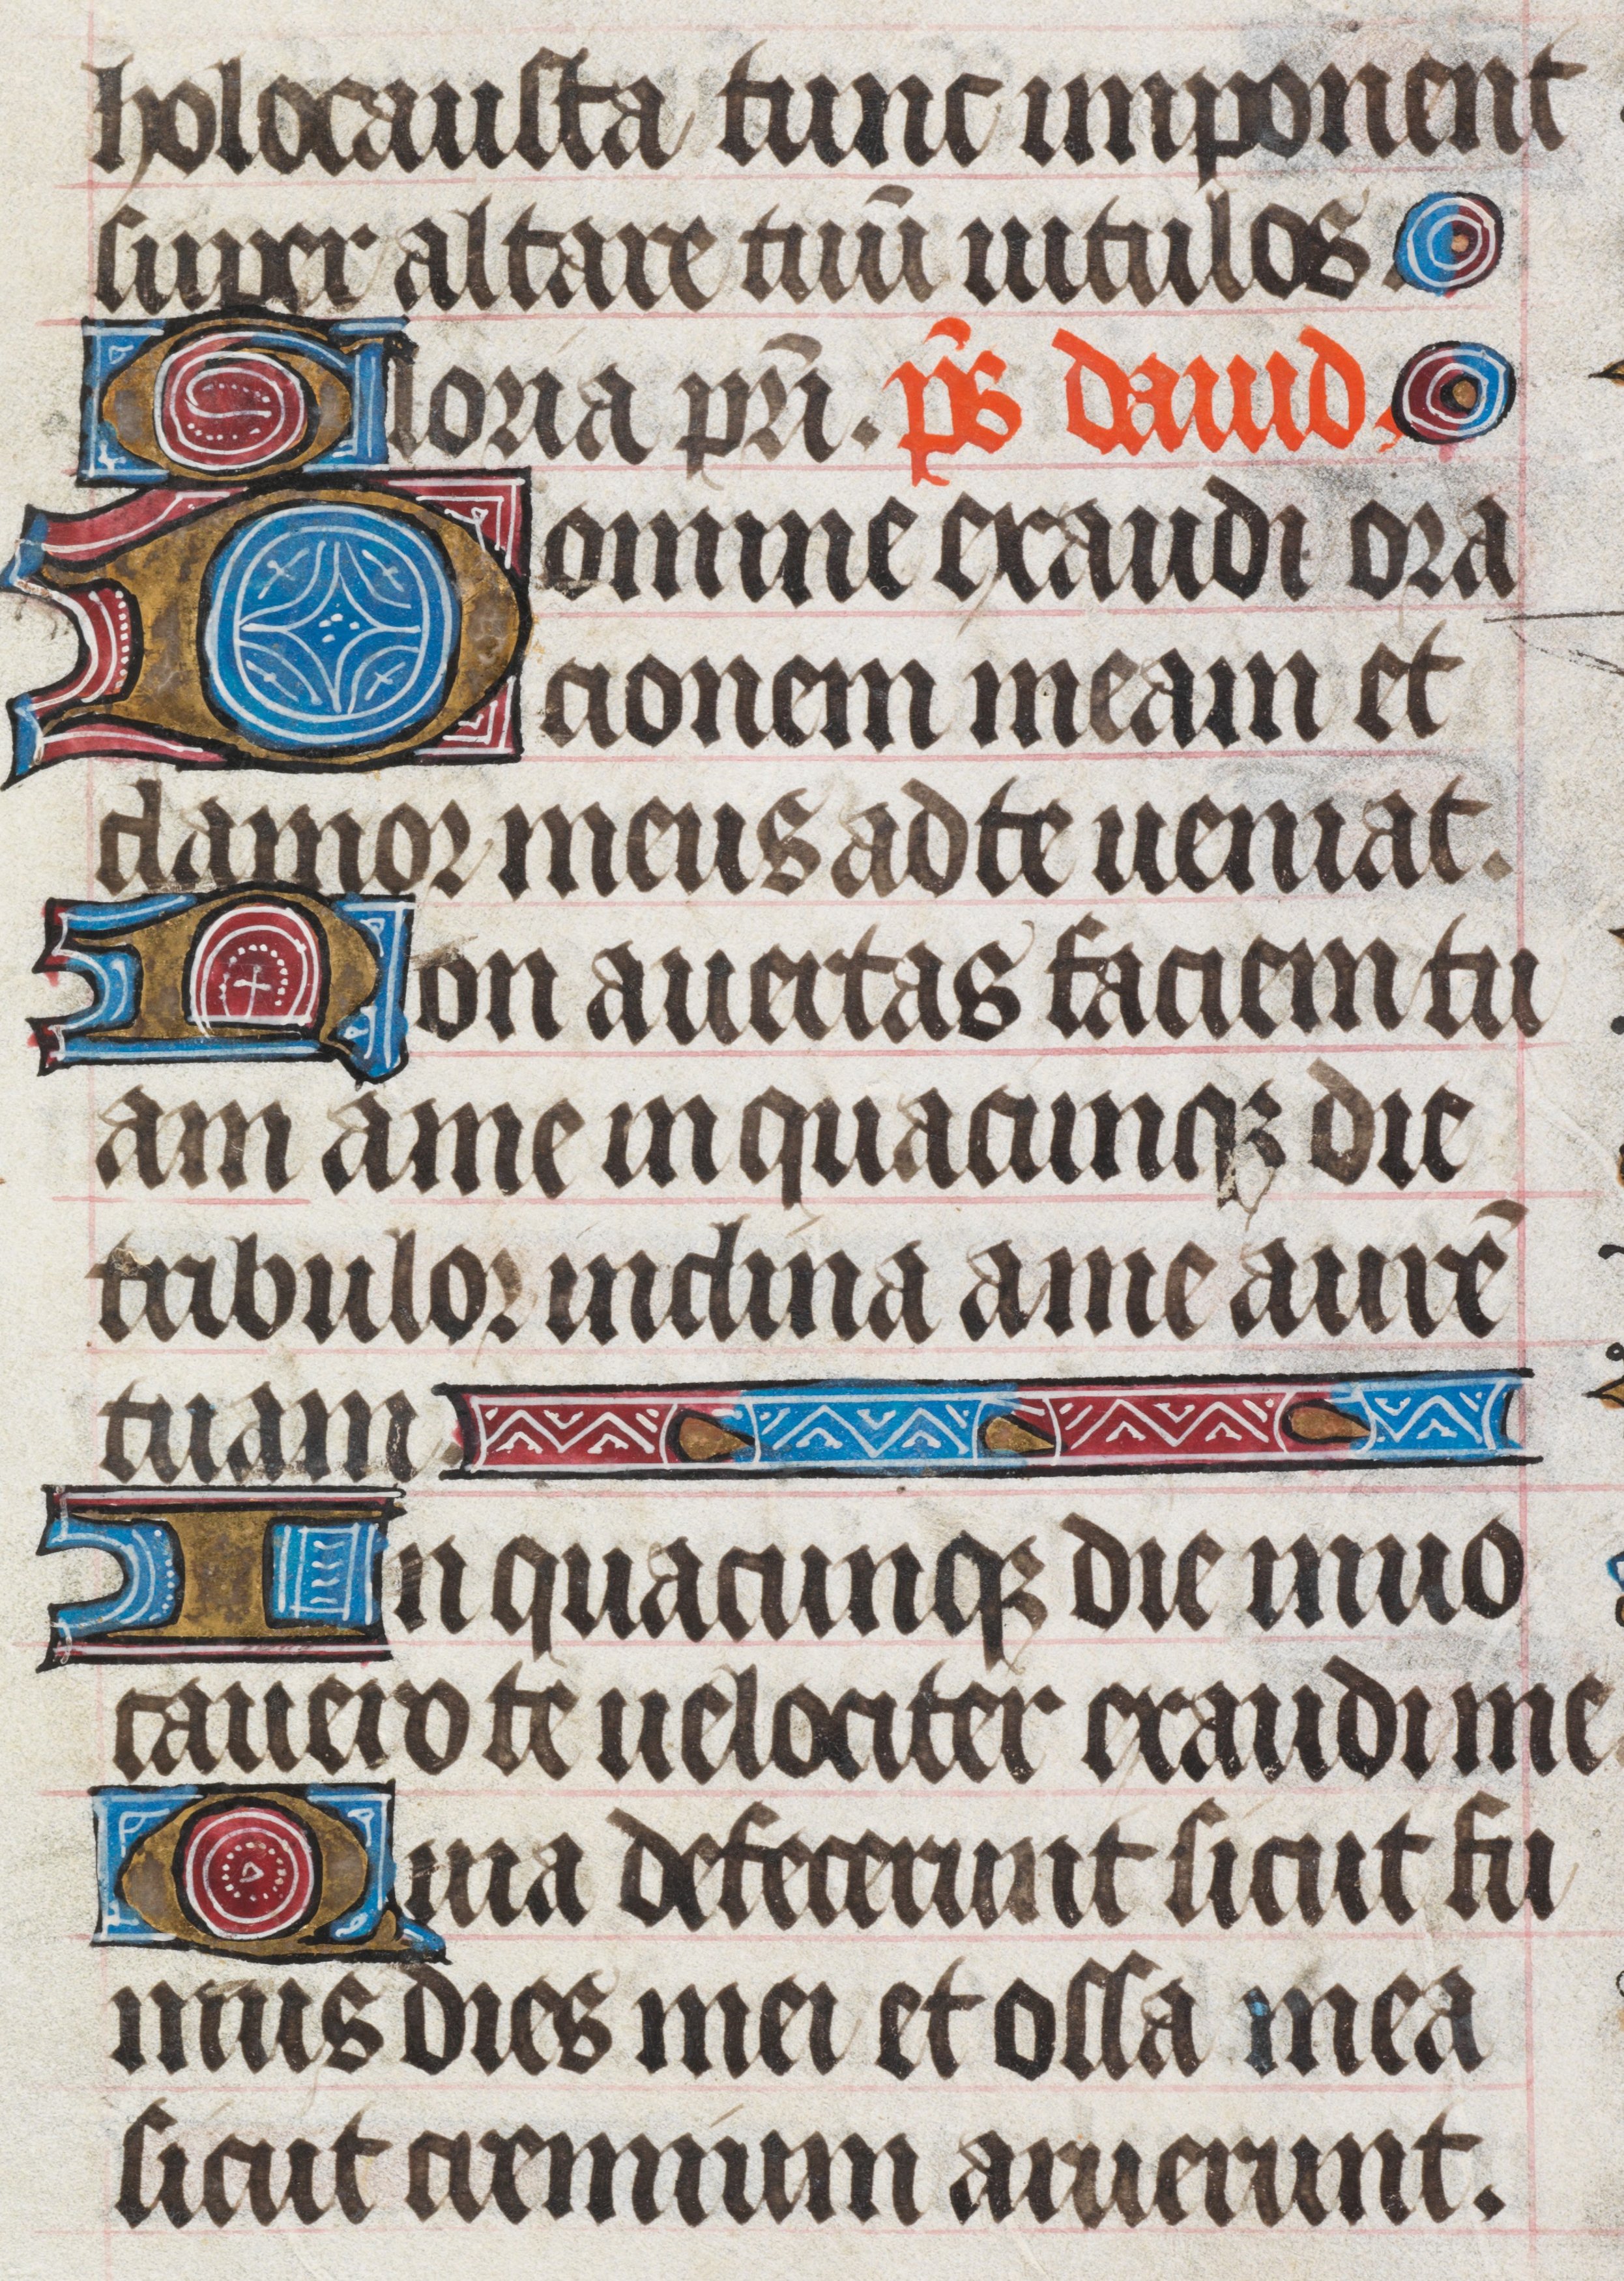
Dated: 1450–1499